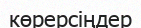
көрерсіңдер